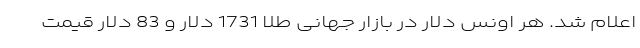
اعلام شد. هر اونس دلار در بازار جهانی طلا 1731 دلار و 83 دلار قیمت